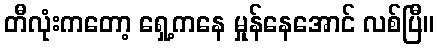
တီလုံးကတော့ ရှေ့ကနေ မှုန်နေအောင် လစ်ပြီ။